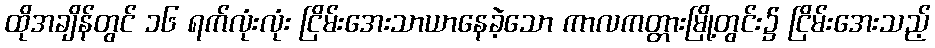
ထိုအချိန်တွင် ၁၆ ရက်လုံးလုံး ငြိမ်းအေးသာယာနေခဲ့သော ကာလကတ္တားမြို့တွင်း၌ ငြိမ်းအေးသည့်